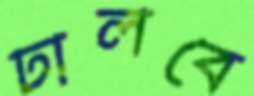
ঢালবে